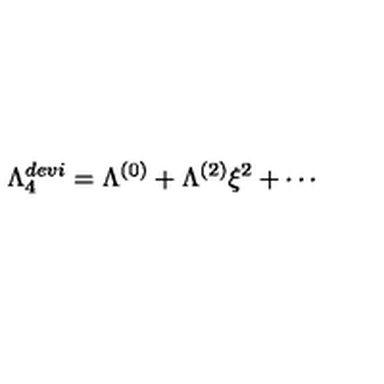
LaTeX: \Lambda _ { 4 } ^ { d e v i } = \Lambda ^ { ( 0 ) } + \Lambda ^ { ( 2 ) } \xi ^ { 2 } + \cdots